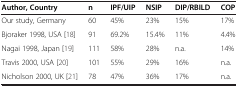
<table><thead><tr><td><b>Author, Country</b></td><td><b>n</b></td><td><b>IPF/UIP</b></td><td><b>NSIP</b></td><td><b>DIP/RBILD</b></td><td><b>COP</b></td></tr></thead><tbody><tr><td>Our study, Germany</td><td>60</td><td>45%</td><td>23%</td><td>15%</td><td>17%</td></tr><tr><td>Bjoraker 1998, USA[18]</td><td>91</td><td>69.2%</td><td>15.4%</td><td>11%</td><td>4.4%</td></tr><tr><td>Nagai 1998, Japan[19]</td><td>111</td><td>58%</td><td>28%</td><td>n.a.</td><td>14%</td></tr><tr><td>Travis 2000, USA[20]</td><td>101</td><td>55%</td><td>29%</td><td>16%</td><td>n.a.</td></tr><tr><td>Nicholson 2000, UK[21]</td><td>78</td><td>47%</td><td>36%</td><td>17%</td><td>n.a.</td></tr></tbody></table>